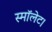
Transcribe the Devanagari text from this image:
स्मॉलेट।